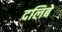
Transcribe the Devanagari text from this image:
दलिबे